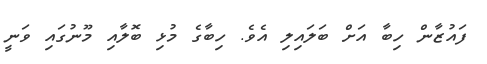
ފައުޒާން ހިބާ އަށް ބަލައިލި އެވެ. ހިބާގެ މުޅި ބޮލާއި މޫނުގައި ވަނީ